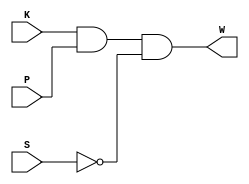
`timescale 1ns / 1ps
//////////////////////////////////////////////////////////////////////////////////
// Company: 
// Engineer: 
// 
// Design Name: 
// Module Name:    BeltWarn 
// Project Name: 
// Target Devices: 
// Tool versions: 
// Description: 
//
// Dependencies: 
//
// Revision: 
// Revision 0.01 - File Created
// Additional Comments: 
//
//////////////////////////////////////////////////////////////////////////////////
module BeltWarn(K, P, S, W);

	input K, P, S;
	output W;
	reg W;
	
	always @(K,P,S)begin
		W <= K & P & ~S;
		end


endmodule